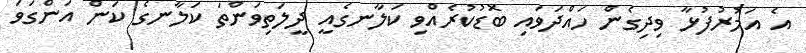
އެ އަމުރުފުޅާ ވިދިގެން ހައްދަވައި ބޮޑުކުރެއްވި ކަލާނގެއީ ދީލަތިވަންތަ ކަލާނގެ ކަން އަންގަވަ